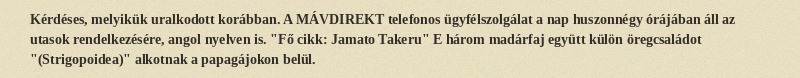
Kérdéses, melyikük uralkodott korábban. A MÁVDIREKT telefonos ügyfélszolgálat a nap huszonnégy órájában áll az utasok rendelkezésére, angol nyelven is. "Fő cikk: Jamato Takeru" E három madárfaj együtt külön öregcsaládot "(Strigopoidea)" alkotnak a papagájokon belül.